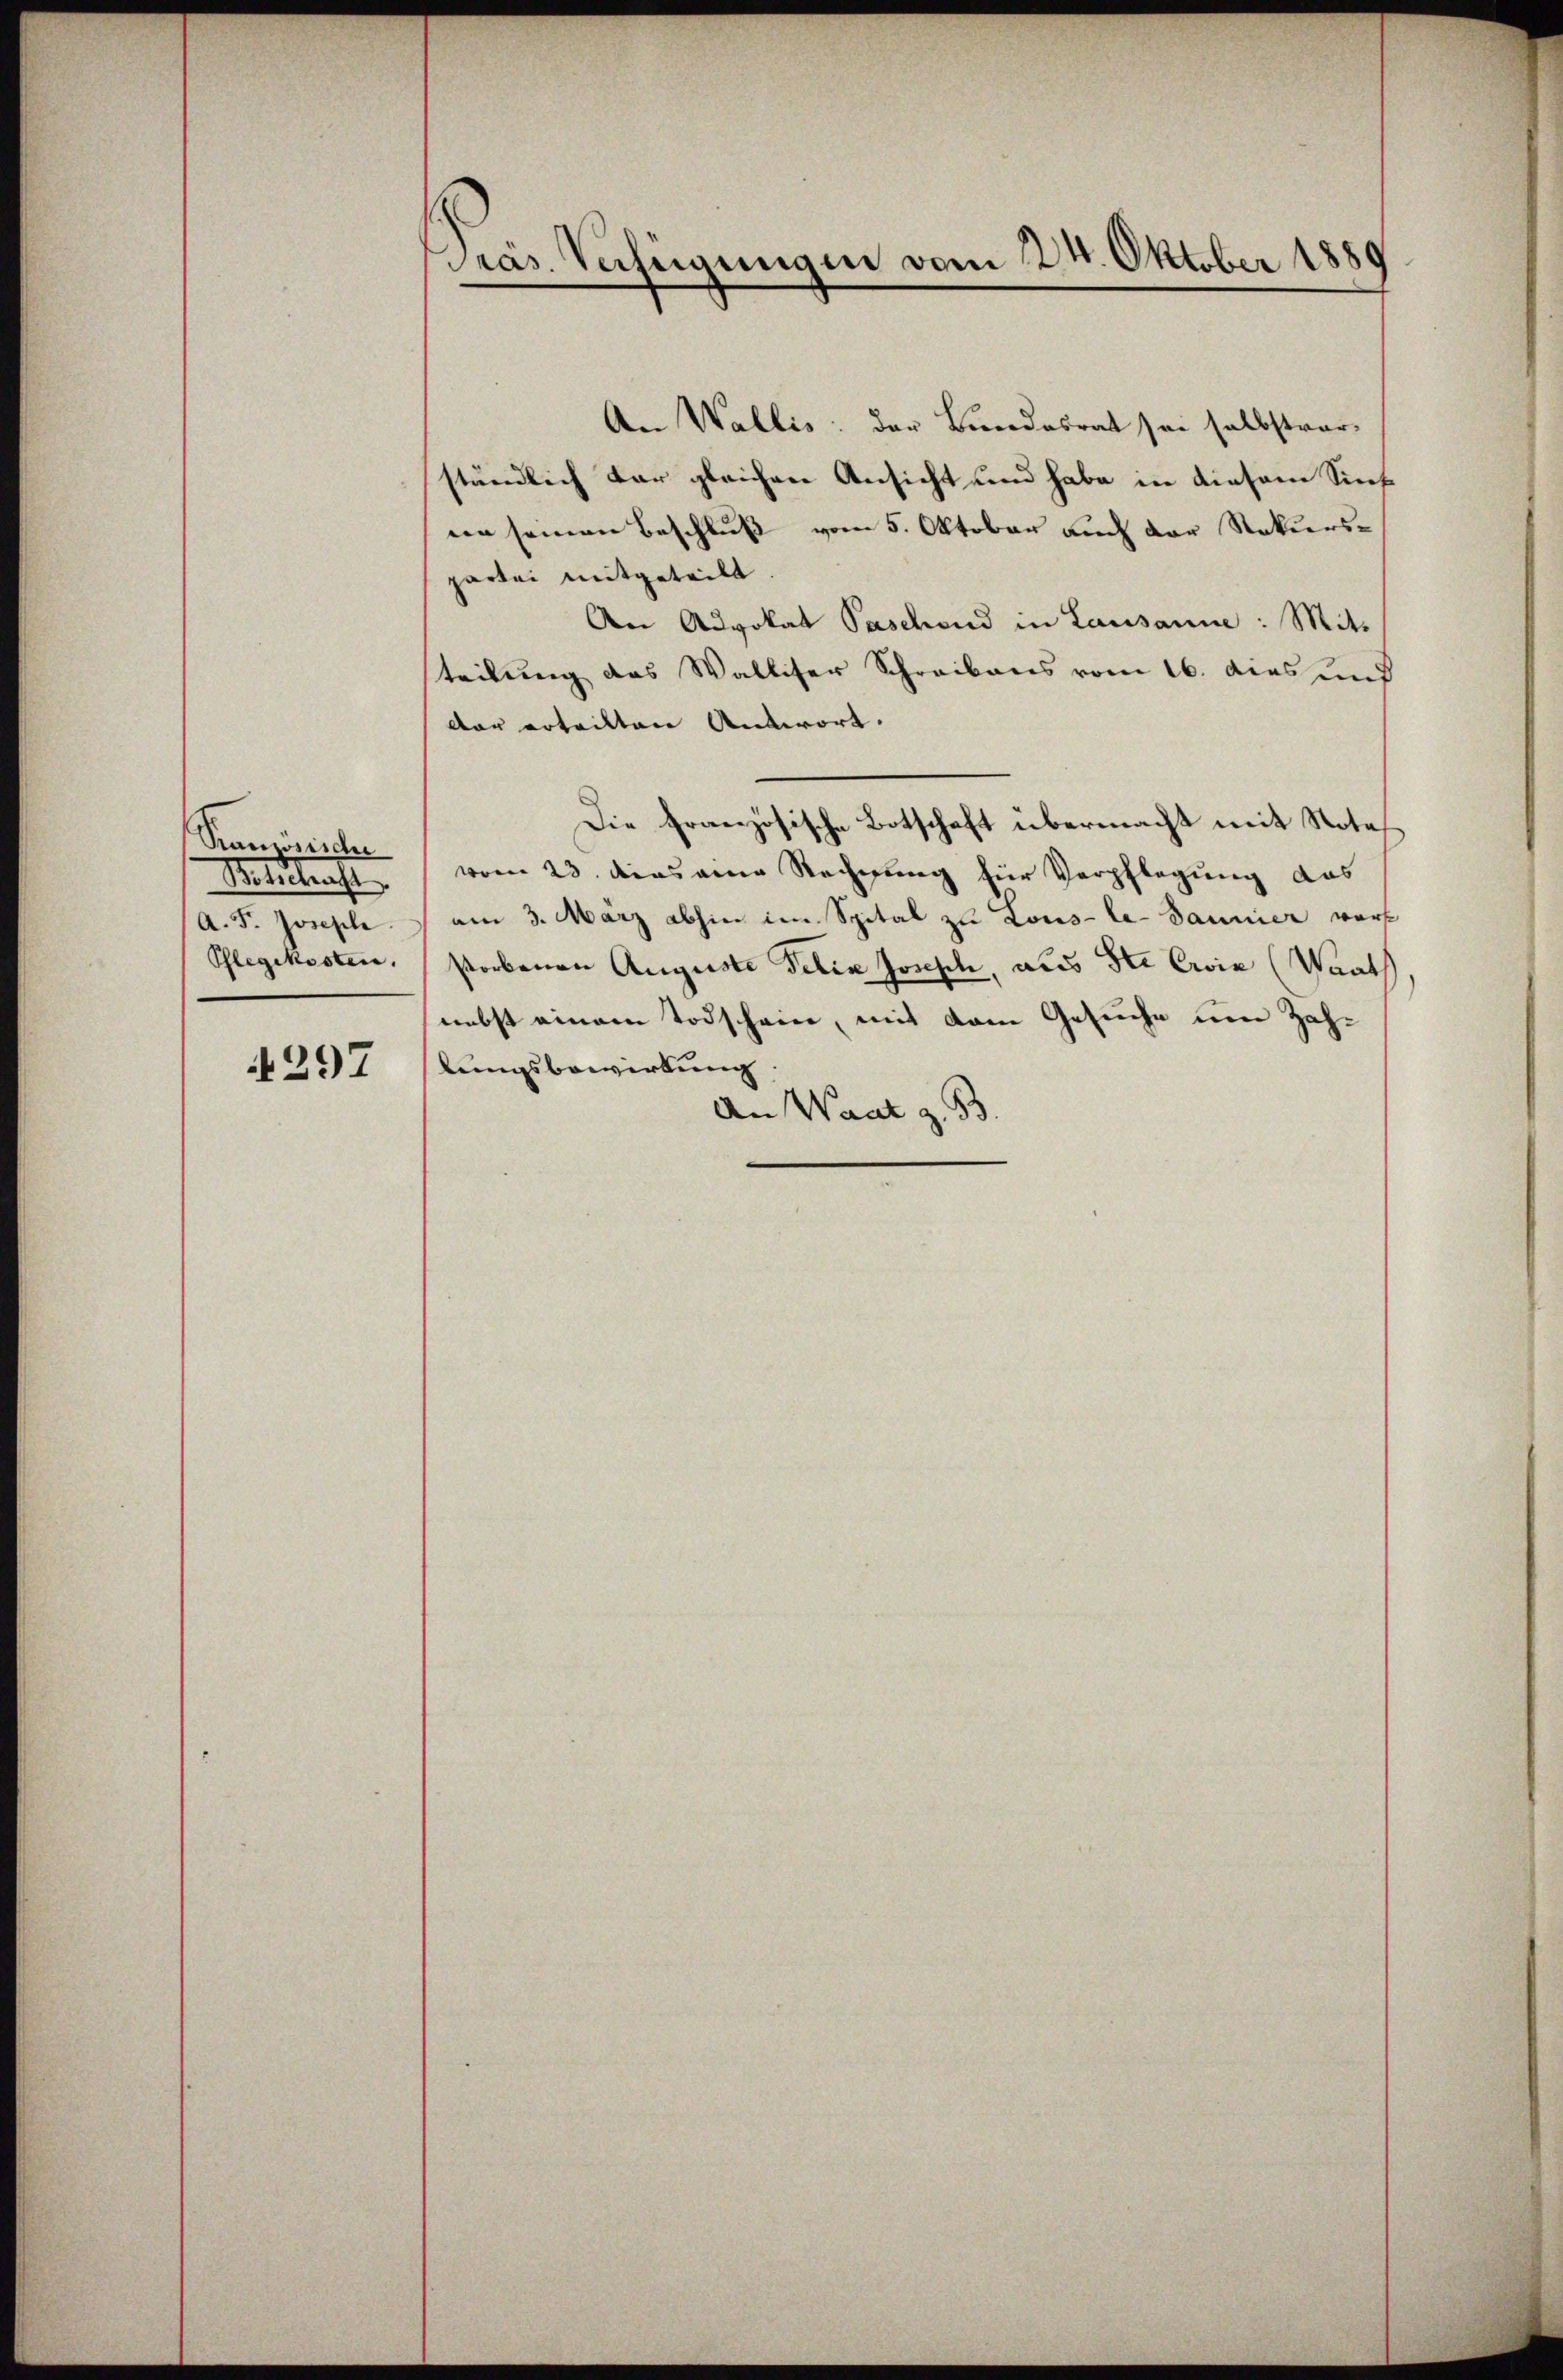
Panösischer
Ministraft
A. F. Joseph.
Pflegekosten,

297

An Wallis: der Bundesrat sei selbstver
ständlich dar gleichen Ansicht und habe in diesem Sieh
nn seinen Beschluß vom 5. Oktober auch der Rekurspartei mitgeteilt.
An Advokat Paschend in Lausanne : Mit-
teilung das Walliser Schreibens vom 16. dies und
dar erteilten Antwort.
Die Französische Botschaft übermacht mit Notes
vom 23. das eine Rechnung für Verpflegung das
am 3. März abhin im Spital zu Lous-le-Jaunier wars
storbenen Auguste Felix Joseph, aus St. Cie (Waath
nebst einem Todschain, mit dem Gesuche um Zahlungsbewirkung
An Waat z. B.

Präs. Verfügungen vom 24. Oktober 1889